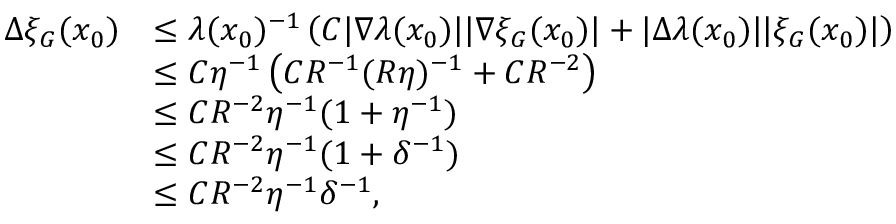
\begin{array} { r l } { \Delta \xi _ { G } ( x _ { 0 } ) } & { \leq \lambda ( x _ { 0 } ) ^ { - 1 } \left( C | \nabla \lambda ( x _ { 0 } ) | | \nabla \xi _ { G } ( x _ { 0 } ) | + | \Delta \lambda ( x _ { 0 } ) | | \xi _ { G } ( x _ { 0 } ) | \right) } \\ & { \leq C \eta ^ { - 1 } \left( C R ^ { - 1 } ( R \eta ) ^ { - 1 } + C R ^ { - 2 } \right) } \\ & { \leq C R ^ { - 2 } \eta ^ { - 1 } ( 1 + \eta ^ { - 1 } ) } \\ & { \leq C R ^ { - 2 } \eta ^ { - 1 } ( 1 + \delta ^ { - 1 } ) } \\ & { \leq C R ^ { - 2 } \eta ^ { - 1 } \delta ^ { - 1 } , } \end{array}